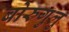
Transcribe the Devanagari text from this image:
बोरुगुलु